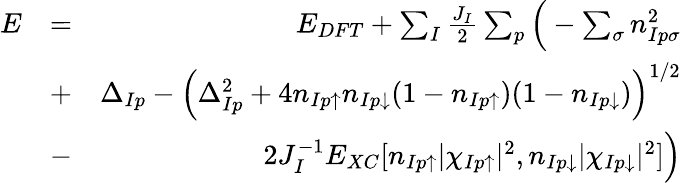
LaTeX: \begin{array}{rlr}{E}&{=}&{E_{DFT}+\sum_{I}\frac{J_{I}}{2}\sum_{p}\Big(-\sum_{\sigma}n_{Ip\sigma}^{2}}\\ &{+}&{\Delta_{Ip}-\left(\Delta_{Ip}^{2}+4n_{Ip\uparrow}n_{Ip\downarrow}(1-n_{Ip\uparrow})(1-n_{Ip\downarrow})\right)^{1/2}}\\ &{-}&{2J_{I}^{-1}E_{XC}[n_{Ip\uparrow}|\chi_{Ip\uparrow}|^{2},n_{Ip\downarrow}|\chi_{Ip\downarrow}|^{2}]\Big)}\end{array}